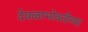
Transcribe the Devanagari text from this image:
देवळाभोवतीच्या